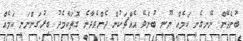
ބުނެދޭން ނޭނގެނީ ކަމެއް ނޫނީ ބުނެވޭ އެއްޗަކުން ދެންވެދާނެ ގޮތަކާމެދު ބިރުގަންނަނީ ކަމެއް